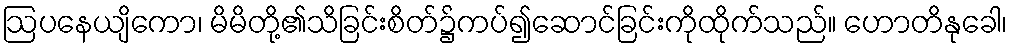
ဩပနေယျိကော၊ မိမိတို့၏သိခြင်းစိတ်၌ကပ်၍ဆောင်ခြင်းကိုထိုက်သည်။ ဟောတိနုခေါ၊